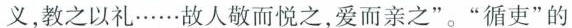
义，教之以礼……故人敬而悦之，爱而亲之”。”循吏”的